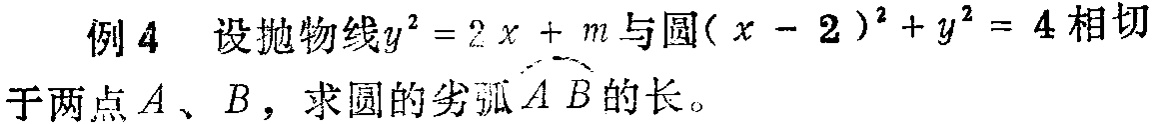
例 4 设抛物线\(y^{2}=2x + m\)与圆\((x - 2)^{2}+y^{2}=4\)相切于两点\(A\)、\(B\)，求圆的劣弧\(\overset{\frown}{AB}\)的长。